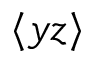
\langle y z \rangle